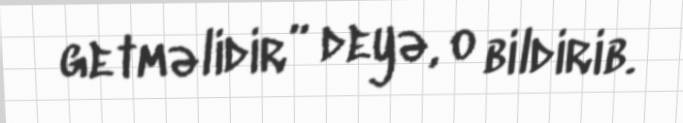
getməlidir” deyə, o bildirib.